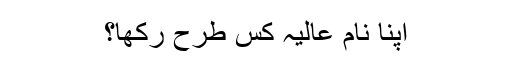
اپنا نام عالیہ کس طرح رکھا؟